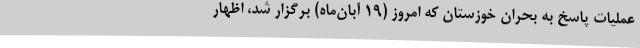
عملیات پاسخ به بحران خوزستان که امروز (19 آبان‌ماه) برگزار شد، اظهار